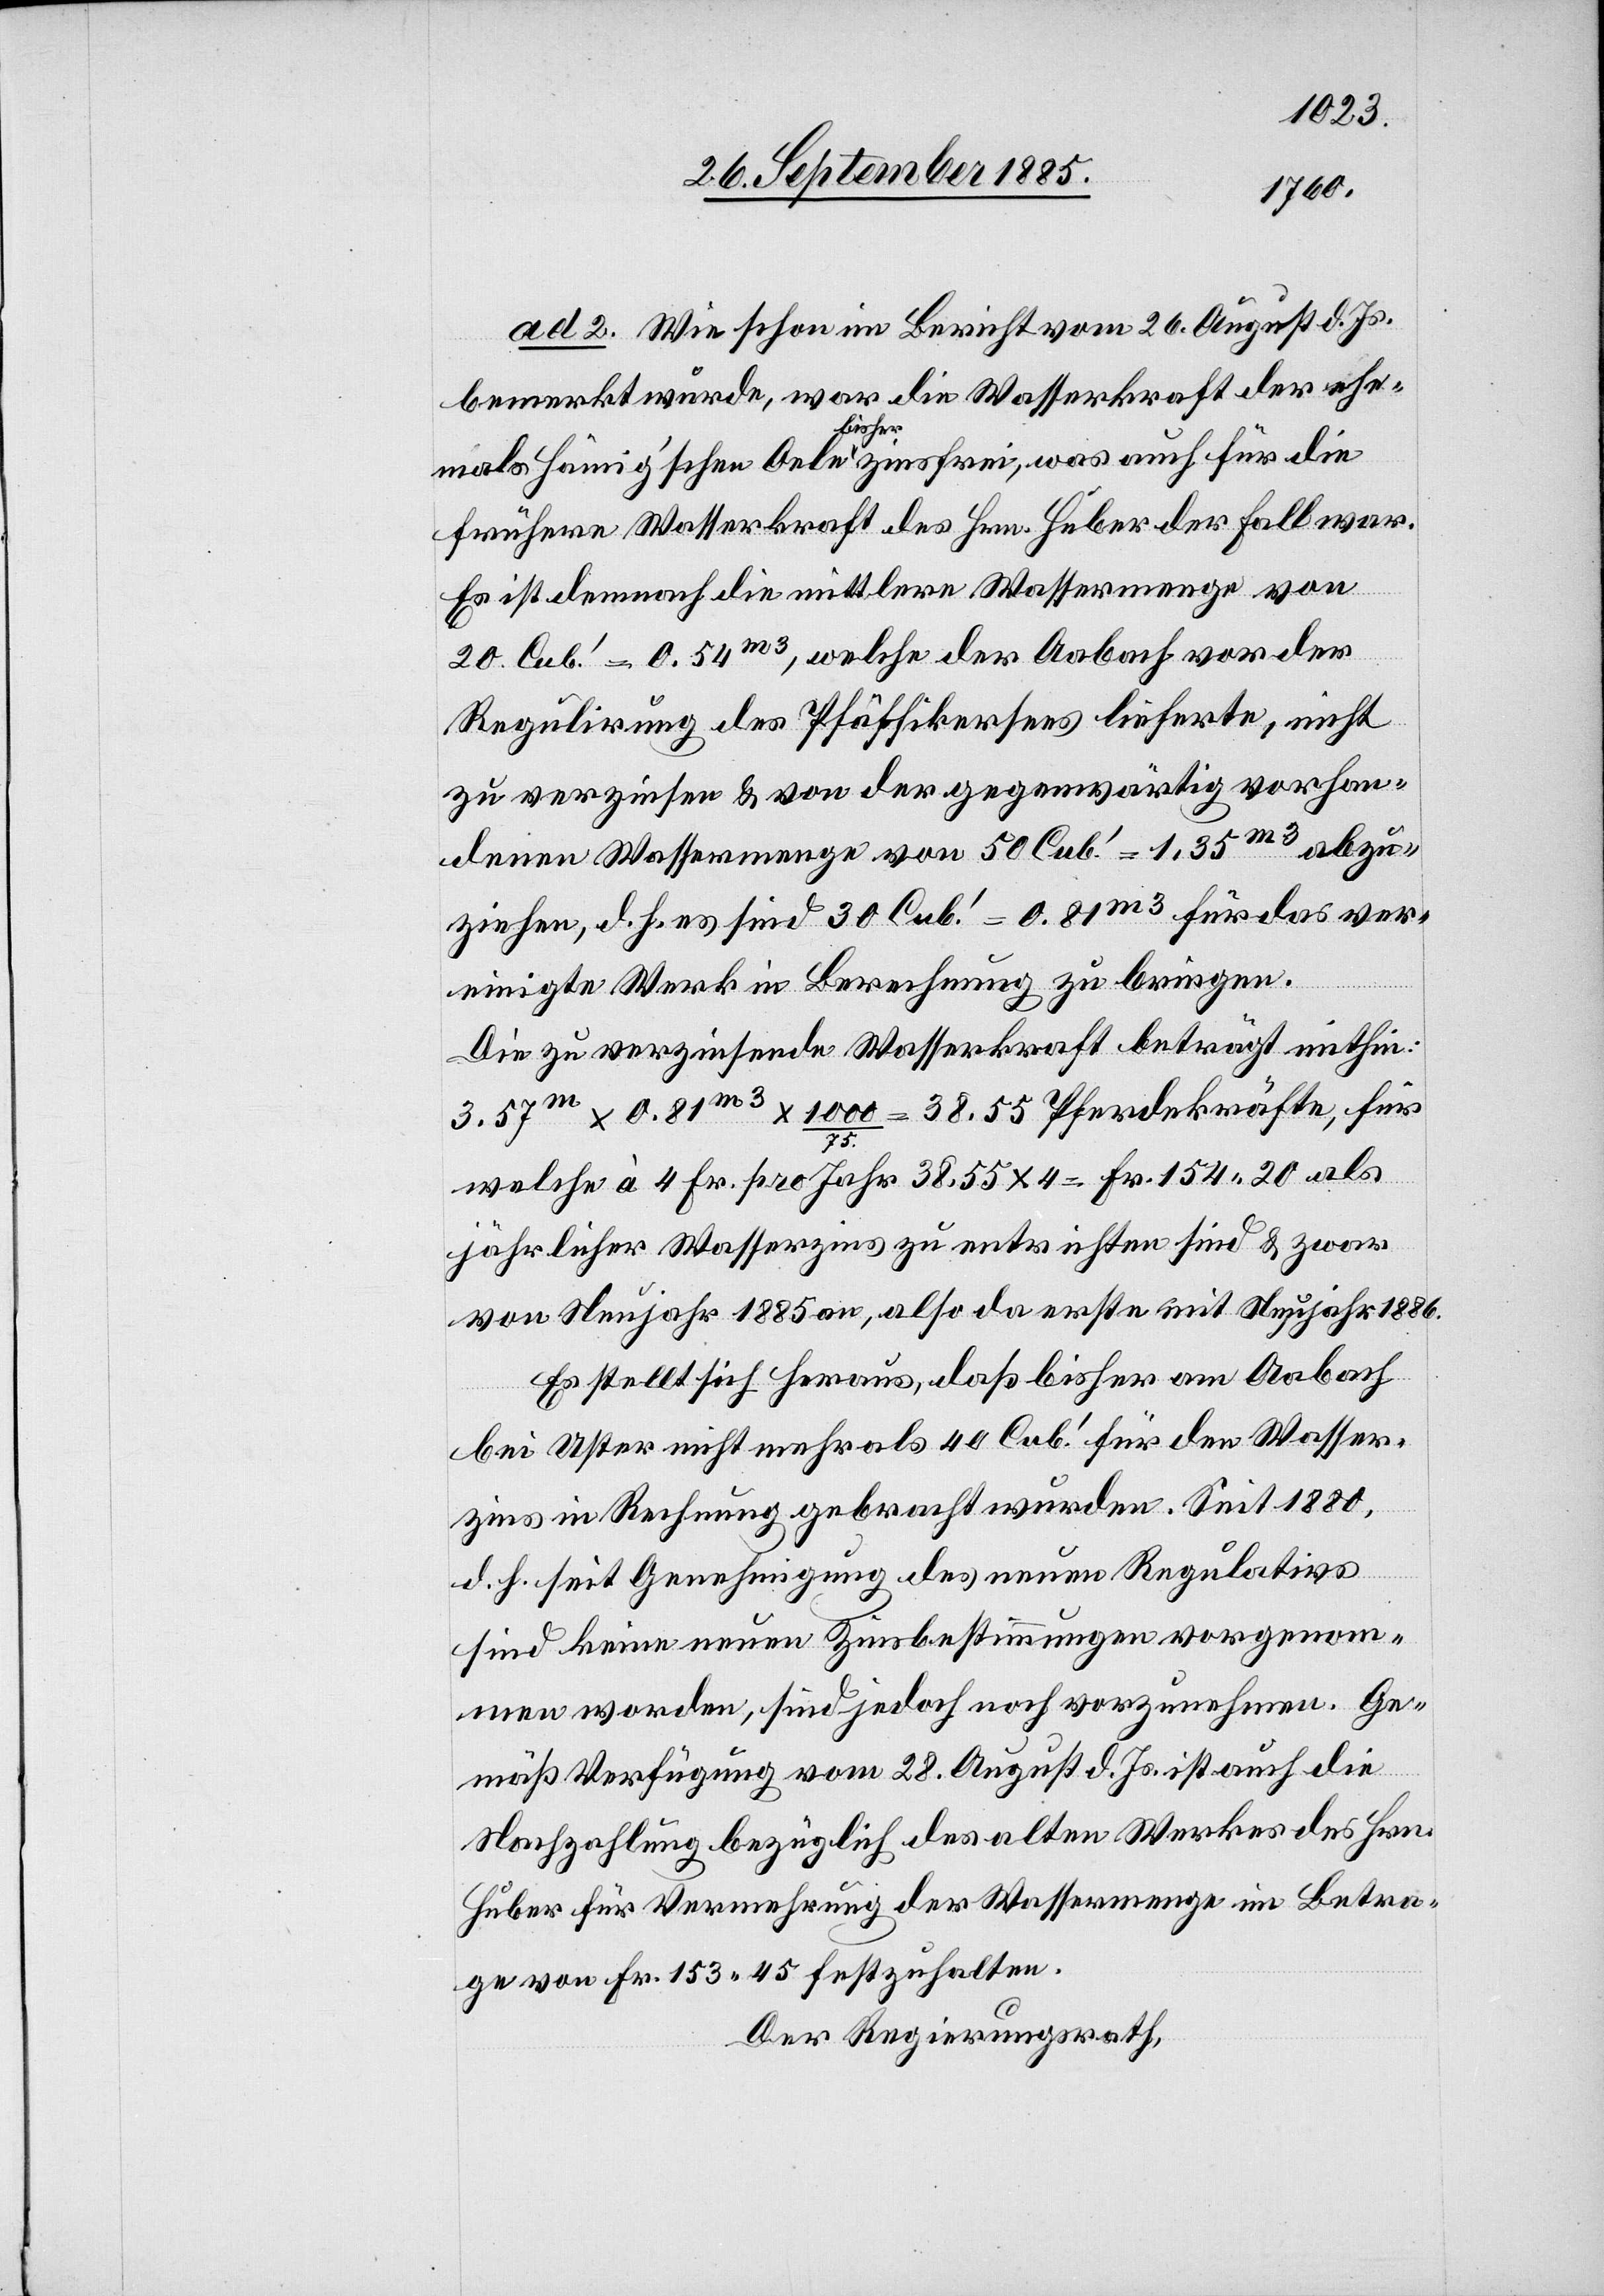
ad 2. Wie schon im Bericht vom 26. August d. Js.
auch
bemerkt wurde, war die Wasserkraft der ehe¬
frühere Wasserkraft des Hrn. Huber der Fall war.
für
Es ist demnach die mittlere Wassermenge von
20 Cub.‘ = 0.54m3, welche der Aabach vor der
Regulirung des Pfäffikersees lieferte, nicht
zu verzinsen & von der gegenwärtig vorhan¬
denen Wassermenge von 50 Cub.‘ = 1.35m3 abzu¬
ziehen, d. h. es sind 30 Cub.‘ = 0.81m3 für das ver¬
einigte Werk in Berechnung zu bringen.
Die zu verzinsende Wasserkraft beträgt mithin:
3.57m x 0.81m3 x 1000/75 = 38.55 Pferdekräfte, für
welche à 4 Fr. pro Jahr 38.55 x 4 = Fr. 154 20 als
jährlicher Wasserzins zu entrichten sind & zwar
von Neujahr 1885 an, also da [sic!] erste mit Neujahr 1886.
Es stellt sich heraus, daß bisher am Aabach
bei Uster nicht mehr als 40 Cub.‘ für den Wasser¬
zins in Rechnung gebracht wurden. Seit 1880,
die
d. h. seit Genehmigung des neuen Regulativs
sind keine neuen Zinsbestimmungen vorgenom¬
men worden, sind jedoch noch vorzunehmen. Ge¬
mäß Verfügung vom 28. August d. Js. ist auch die
Nachzahlung bezüglich des alten Werkes des Hrn.
Huber für Vermehrung der Wassermenge im Betra¬
ge von Fr. 153 45 festzuhalten.
Der Regierungsrath,